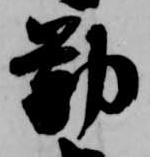
勤